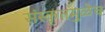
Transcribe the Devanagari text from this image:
संस्कृतमुळेच